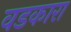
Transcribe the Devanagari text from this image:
वडकारा